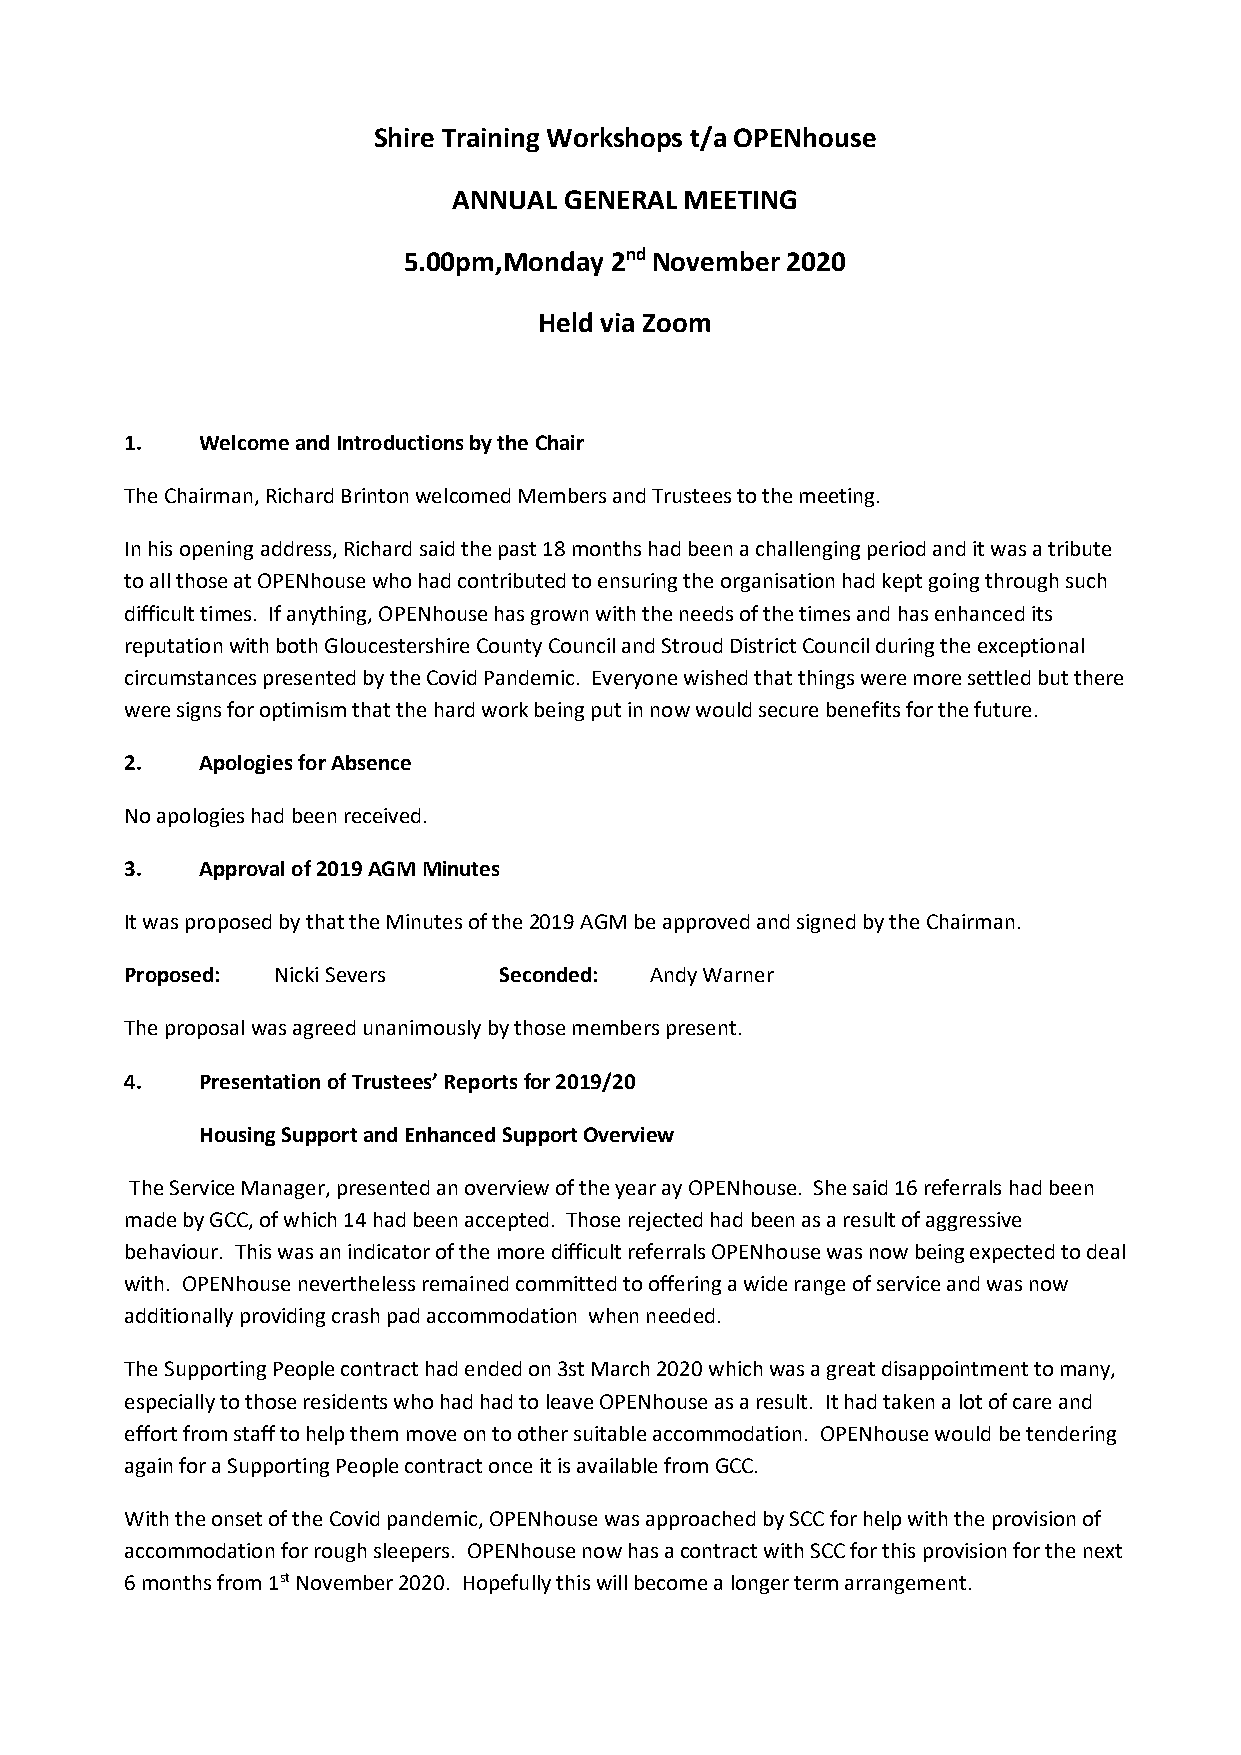
Shire Training Workshops t/a OPENhouse
 ANNUAL GENERAL MEETING
 5.00pm,Monday 2nd November 2020
 Held via Zoom
 1.   Welcome and Introductions by the Chair
 The Chairman, Richard Brinton welcomed Members and Trustees to the meeting.
 In his opening address, Richard said the past 18 months had been a challenging period and it was a tribute
 to all those at OPENhouse who had contributed to ensuring the organisation had kept going through such
 difficult times. If anything, OPENhouse has grown with the needs of the times and has enhanced its
 reputation with both Gloucestershire County Council and Stroud District Council during the exceptional
 circumstances presented by the Covid Pandemic. Everyone wished that things were more settled but there
 were signs for optimism that the hard work being put in now would secure benefits for the future.
 2.   Apologies for Absence
 No apologies had been received.
 3.   Approval of 2019 AGM Minutes
 It was proposed by that the Minutes of the 2019 AGM be approved and signed by the Chairman.
 Proposed: Nicki Severs   Seconded: Andy Warner
 The proposal was agreed unanimously by those members present.
 4.   Presentation of Trustees’ Reports for 2019/20
 Housing Support and Enhanced Support Overview
 The Service Manager, presented an overview of the year ay OPENhouse. She said 16 referrals had been
 made by GCC, of which 14 had been accepted. Those rejected had been as a result of aggressive
 behaviour. This was an indicator of the more difficult referrals OPENhouse was now being expected to deal
 with. OPENhouse nevertheless remained committed to offering a wide range of service and was now
 additionally providing crash pad accommodation when needed.
 The Supporting People contract had ended on 3st March 2020 which was a great disappointment to many,
 especially to those residents who had had to leave OPENhouse as a result. It had taken a lot of care and
 effort from staff to help them move on to other suitable accommodation. OPENhouse would be tendering
 again for a Supporting People contract once it is available from GCC.
 With the onset of the Covid pandemic, OPENhouse was approached by SCC for help with the provision of
 accommodation for rough sleepers. OPENhouse now has a contract with SCC for this provision for the next
 6 months from 1st November 2020. Hopefully this will become a longer term arrangement.